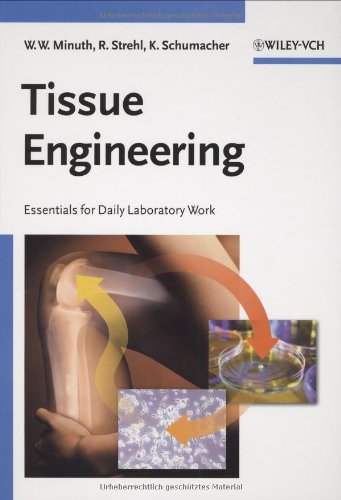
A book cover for Tissue Engineering: From Cell Biology to Artificial Organs; Will W. Minuth; Medical Books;